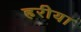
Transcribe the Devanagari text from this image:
हरीया